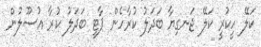
ކަލޭ ހީކުރީ ކަލޭ ޖަނގިޔާ ބަދަލު ކުރާހެން ޕާޓީ ބަދަލު ކުރާ އުސޫލުން